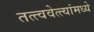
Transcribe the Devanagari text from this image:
तत्त्ववेत्त्यांमध्ये